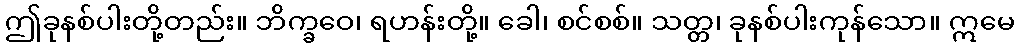
ဤခုနစ်ပါးတို့တည်း။ ဘိက္ခဝေ၊ ရဟန်းတို့။ ခေါ၊ စင်စစ်။ သတ္တ၊ ခုနစ်ပါးကုန်သော။ ဣမေ